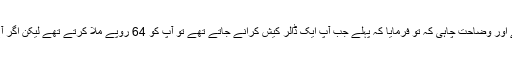
پریس کانفرنس میں آئے صحافی حضرات یہ سن کر ششدر رہ گئے اور وضاحت چاہی کہ تو فرمایا کہ پہلے جب آپ ایک ڈالر کیش کرانے جاتے تھے تو آپ کو 64 روپے ملا کرتے تھے لیکن اگر آج آپ ایک ڈالر کیش کرانے جائیں تو آپ کو 160 روپے ملیں گے۔